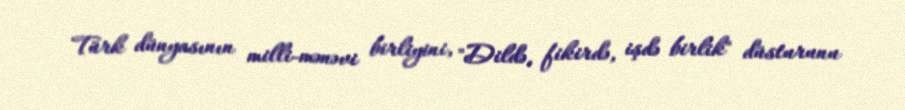
Türk dünyasının milli-mənəvi birliyini, "Dildə, fikirdə, işdə birlik" düsturunu